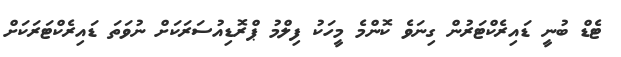
ޓެޑް ބުނީ ޑައިރެކްޓަރުން ގިނަވެ ކޮންމެ މީހަކު ފިލްމު ޕްރޮޑިއުސަރަކަށް ނުވަތަ ޑައިރެކްޓަރަކަށް